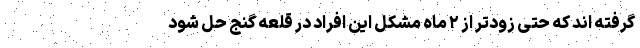
گرفته اند که حتی زودتر از ۲ ماه مشکل این افراد در قلعه گنج حل شود